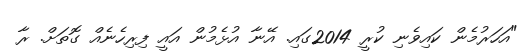
"އަހަރުމެން ކައިވެނި ކުރީ 2014ގައި. އޭނާ އުޅެމުން އައީ ފިރިހެނެއް ގޮތަށް. ރާ